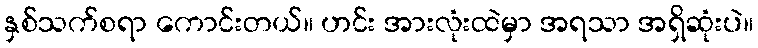
နှစ်သက်စရာ ကောင်းတယ်။ ဟင်း အားလုံးထဲမှာ အရသာ အရှိဆုံးပဲ။